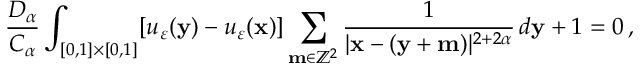
\frac { D _ { \alpha } } { C _ { \alpha } } \int _ { [ 0 , 1 ] \times [ 0 , 1 ] } \! \left\lbrack u _ { \varepsilon } ( \mathbf { y } ) - u _ { \varepsilon } ( \mathbf { x } ) \right\rbrack \sum _ { \mathbf { m } \in \mathbb { Z } ^ { 2 } } \frac { 1 } { | \mathbf { x } - ( \mathbf { y } + \mathbf { m } ) | ^ { 2 + 2 \alpha } } \, d \mathbf { y } + 1 = 0 \, ,